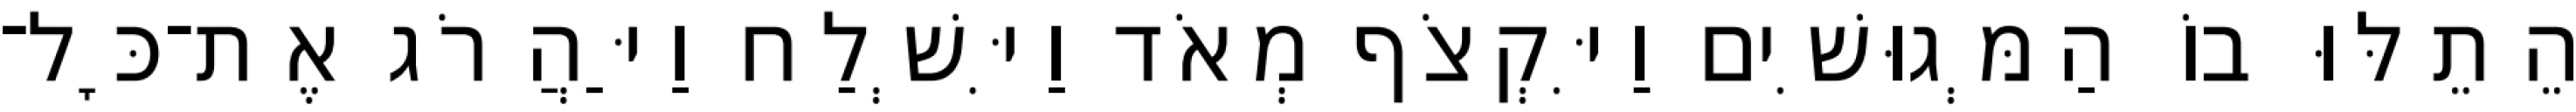
הֵתֵלּוּ בוֹ הַמְּגוּשִׁים וַיִּקְצֹף מְאֹד וַיִּשְׁלַח וַיַּהֲרֹג אֶת־כָּל־